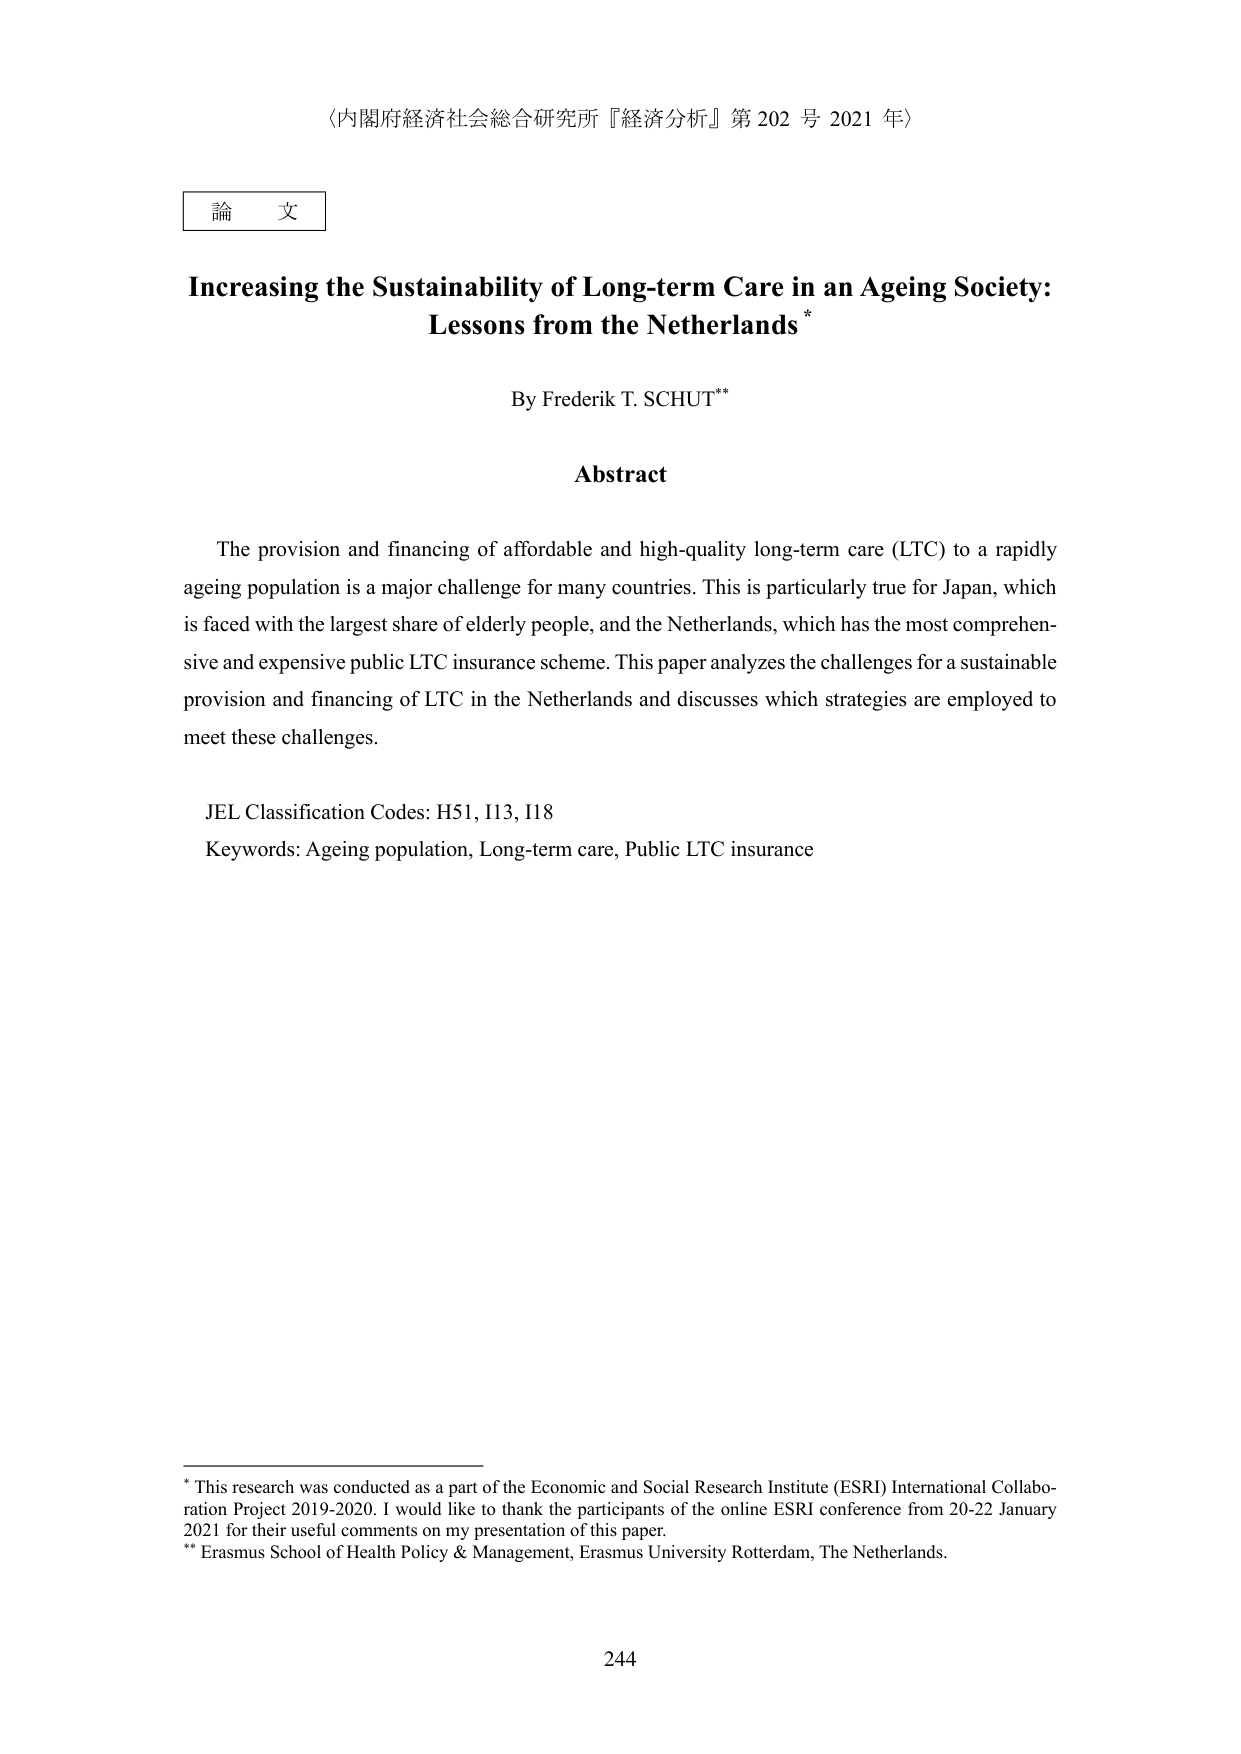
〈内閣府経済社会総合研究所『経済分析』第 202 号 2021 年〉

論 文

Increasing the Sustainability of Long-term Care in an Ageing Society:
Lessons from the Netherlands *

By Frederik T. SCHUT**

Abstract

The provision and financing of affordable and high-quality long-term care (LTC) to a rapidly ageing population is a major challenge for many countries. This is particularly true for Japan, which is faced with the largest share of elderly people, and the Netherlands, which has the most comprehensive and expensive public LTC insurance scheme. This paper analyzes the challenges for a sustainable provision and financing of LTC in the Netherlands and discusses which strategies are employed to meet these challenges.

JEL Classification Codes: H51, I13, I18
Keywords: Ageing population, Long-term care, Public LTC insurance

* This research was conducted as a part of the Economic and Social Research Institute (ESRI) International Collaboration Project 2019-2020. I would like to thank the participants of the online ESRI conference from 20-22 January 2021 for their useful comments on my presentation of this paper.
** Erasmus School of Health Policy & Management, Erasmus University Rotterdam, The Netherlands.

244